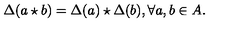
\Delta ( a \star b ) = \Delta ( a ) \star \Delta ( b ) , \forall a , b \in A .